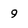
Character: 9